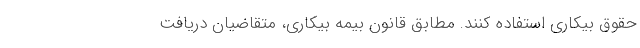
حقوق بیکاری استفاده کنند. مطابق قانون بیمه بیکاری، متقاضیان دریافت